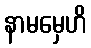
နာမမှေဟိ